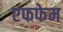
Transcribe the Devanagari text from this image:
एफफेम